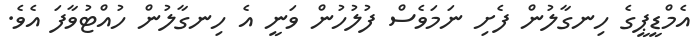
އެމްޑީޕީގެ ހިނގާލުން ފެށި ނަމަވެސް ފުލުހުން ވަނީ އެ ހިނގާލުން ހުއްޓުވާފަ އެވެ.